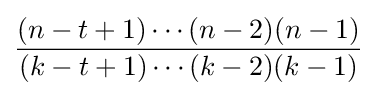
{\frac {(n-t+1)\cdots (n-2)(n-1)}{(k-t+1)\cdots (k-2)(k-1)}}